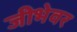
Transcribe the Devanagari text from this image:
जीभेवर